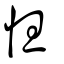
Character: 怛